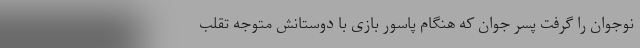
نوجوان را گرفت پسر جوان که هنگام پاسور بازی با دوستانش متوجه تقلب